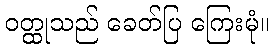
ဝတ္ထုသည် ခေတ်ပြ ကြေးမုံ။